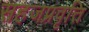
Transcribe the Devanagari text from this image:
सहजप्रवृत्ति